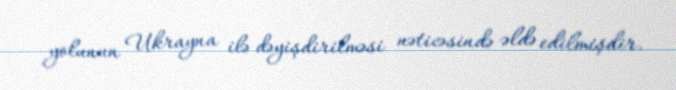
yolunun Ukrayna ilə dəyişdirilməsi nəticəsində əldə edilmişdir.